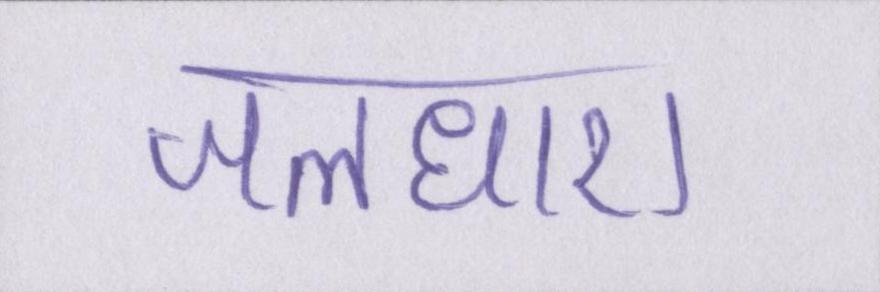
जलधारा